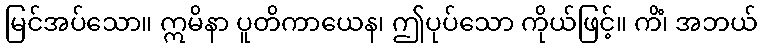
မြင်အပ်သော။ ဣမိနာ ပူတိကာယေန၊ ဤပုပ်သော ကိုယ်ဖြင့်။ ကိံ၊ အဘယ်